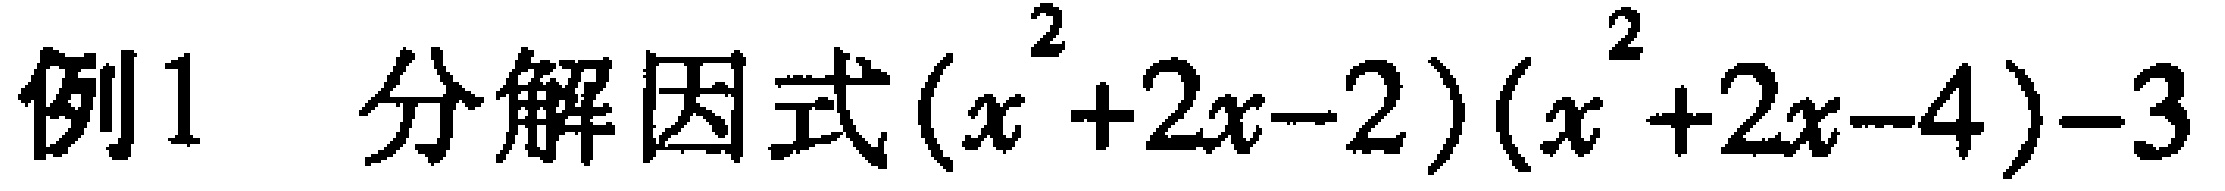
例1 分解因式\((x^{2}+2x - 2)(x^{2}+2x - 4)-3\)